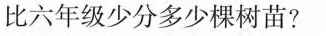
比六年级少分多少棵树苗?